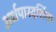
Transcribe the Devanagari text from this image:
अर्धपारदर्शिता